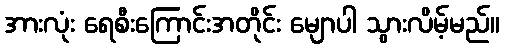
အားလုံး ရေစီးကြောင်းအတိုင်း မျောပါ သွားလိမ့်မည်။